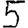
Digit: 5